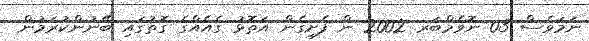
ނަމަވެސް 03 ނޮވެމްބަރ 2002 ން ފެށިގެން އަތޮޅު ގެއެއްގެ ގޮތުގައި ބޭނުންކުރަމުން